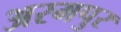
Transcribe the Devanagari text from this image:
अरमपुर